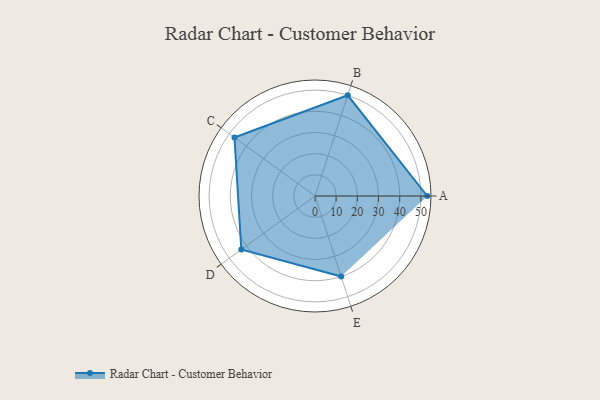
{"axis": {"x": "Skill", "y": "Score"}, "legend": ["Profile"], "data": [{"x": "A", "y": 53.0, "type": "Profile"}, {"x": "B", "y": 50.0, "type": "Profile"}, {"x": "C", "y": 47.0, "type": "Profile"}, {"x": "D", "y": 43.0, "type": "Profile"}, {"x": "E", "y": 40.0, "type": "Profile"}]}